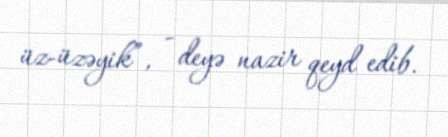
üz-üzəyik”, - deyə nazir qeyd edib.